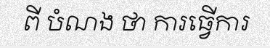
ពី បំណង ថា ការធ្វើការ